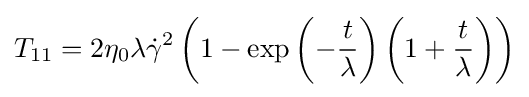
T_{11}=2\eta _{0}\lambda {\dot {\gamma }}^{2}\left(1-\exp \left(-{\frac {t}{\lambda }}\right)\left(1+{\frac {t}{\lambda }}\right)\right)